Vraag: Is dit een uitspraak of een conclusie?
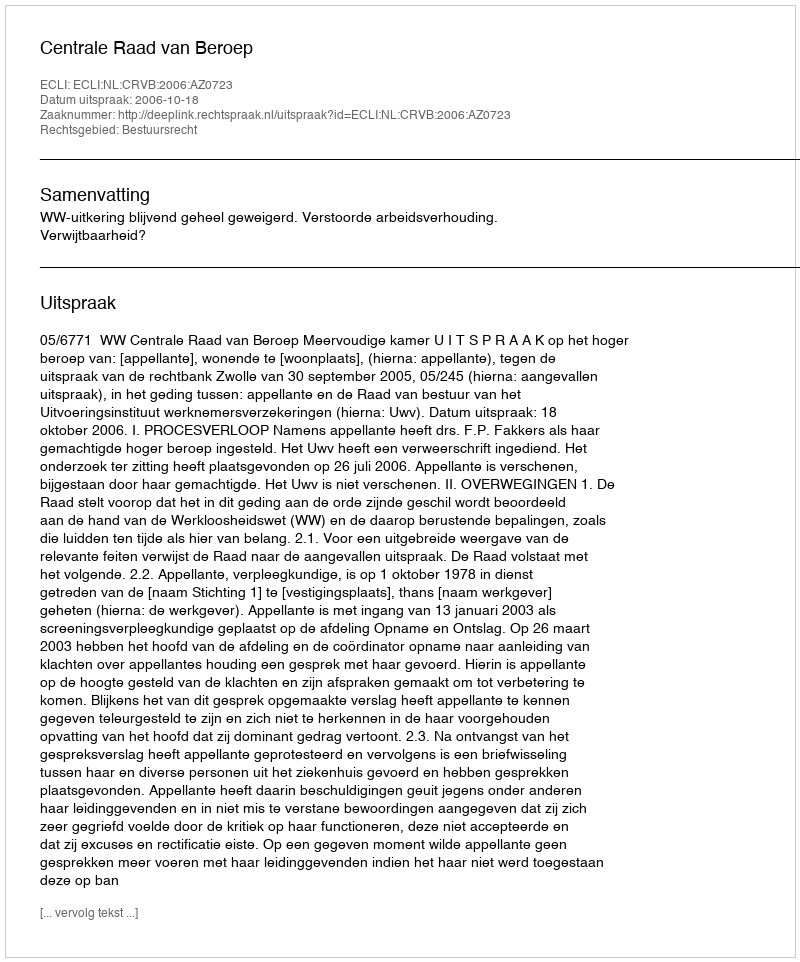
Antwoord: Uitspraak